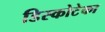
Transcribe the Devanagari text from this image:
डिस्कोटेका